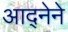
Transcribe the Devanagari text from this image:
आद्नेने